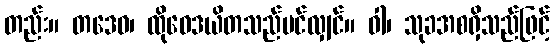
တည်း။ တဒေဝ၊ ထိုဝေဒယိတသည်ပင်လျှင်။ ဝါ၊ သုခအစရှိသည်ဖြင့်